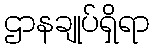
ဌာနချုပ်ရှိရာ